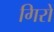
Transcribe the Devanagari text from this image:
गिरों